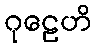
ဂုဠေဟိ